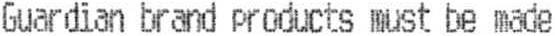
GUARDIAN BRAND PRODUCTS MUST BE MADE